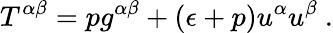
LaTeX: T^{\alpha\beta}=pg^{\alpha\beta}+(\epsilon+p)u^{\alpha}u^{\beta}~.